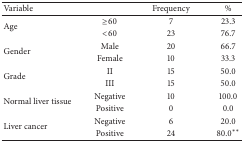
<table><thead><tr><td><b>Variable</b></td><td><b> </b></td><td><b>Frequency</b></td><td><b>%</b></td></tr></thead><tbody><tr><td rowspan="2">Age</td><td>≥60</td><td>7</td><td>23.3</td></tr><tr><td>&lt;60</td><td>23</td><td>76.7</td></tr><tr><td rowspan="2">Gender</td><td>Male</td><td>20</td><td>66.7</td></tr><tr><td>Female</td><td>10</td><td>33.3</td></tr><tr><td rowspan="2">Grade</td><td>II</td><td>15</td><td>50.0</td></tr><tr><td>III</td><td>15</td><td>50.0</td></tr><tr><td rowspan="2">Normal liver tissue</td><td>Negative</td><td>10</td><td>100.0</td></tr><tr><td>Positive</td><td>0</td><td>0.0</td></tr><tr><td rowspan="2">Liver cancer</td><td>Negative</td><td>6</td><td>20.0</td></tr><tr><td>Positive</td><td>24</td><td>80.0**</td></tr></tbody></table>